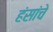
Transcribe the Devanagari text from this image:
हंसांचे